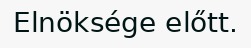
Elnöksége előtt.